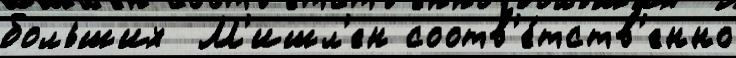
больших  М'ишл'ен соотв'е́тств'енно